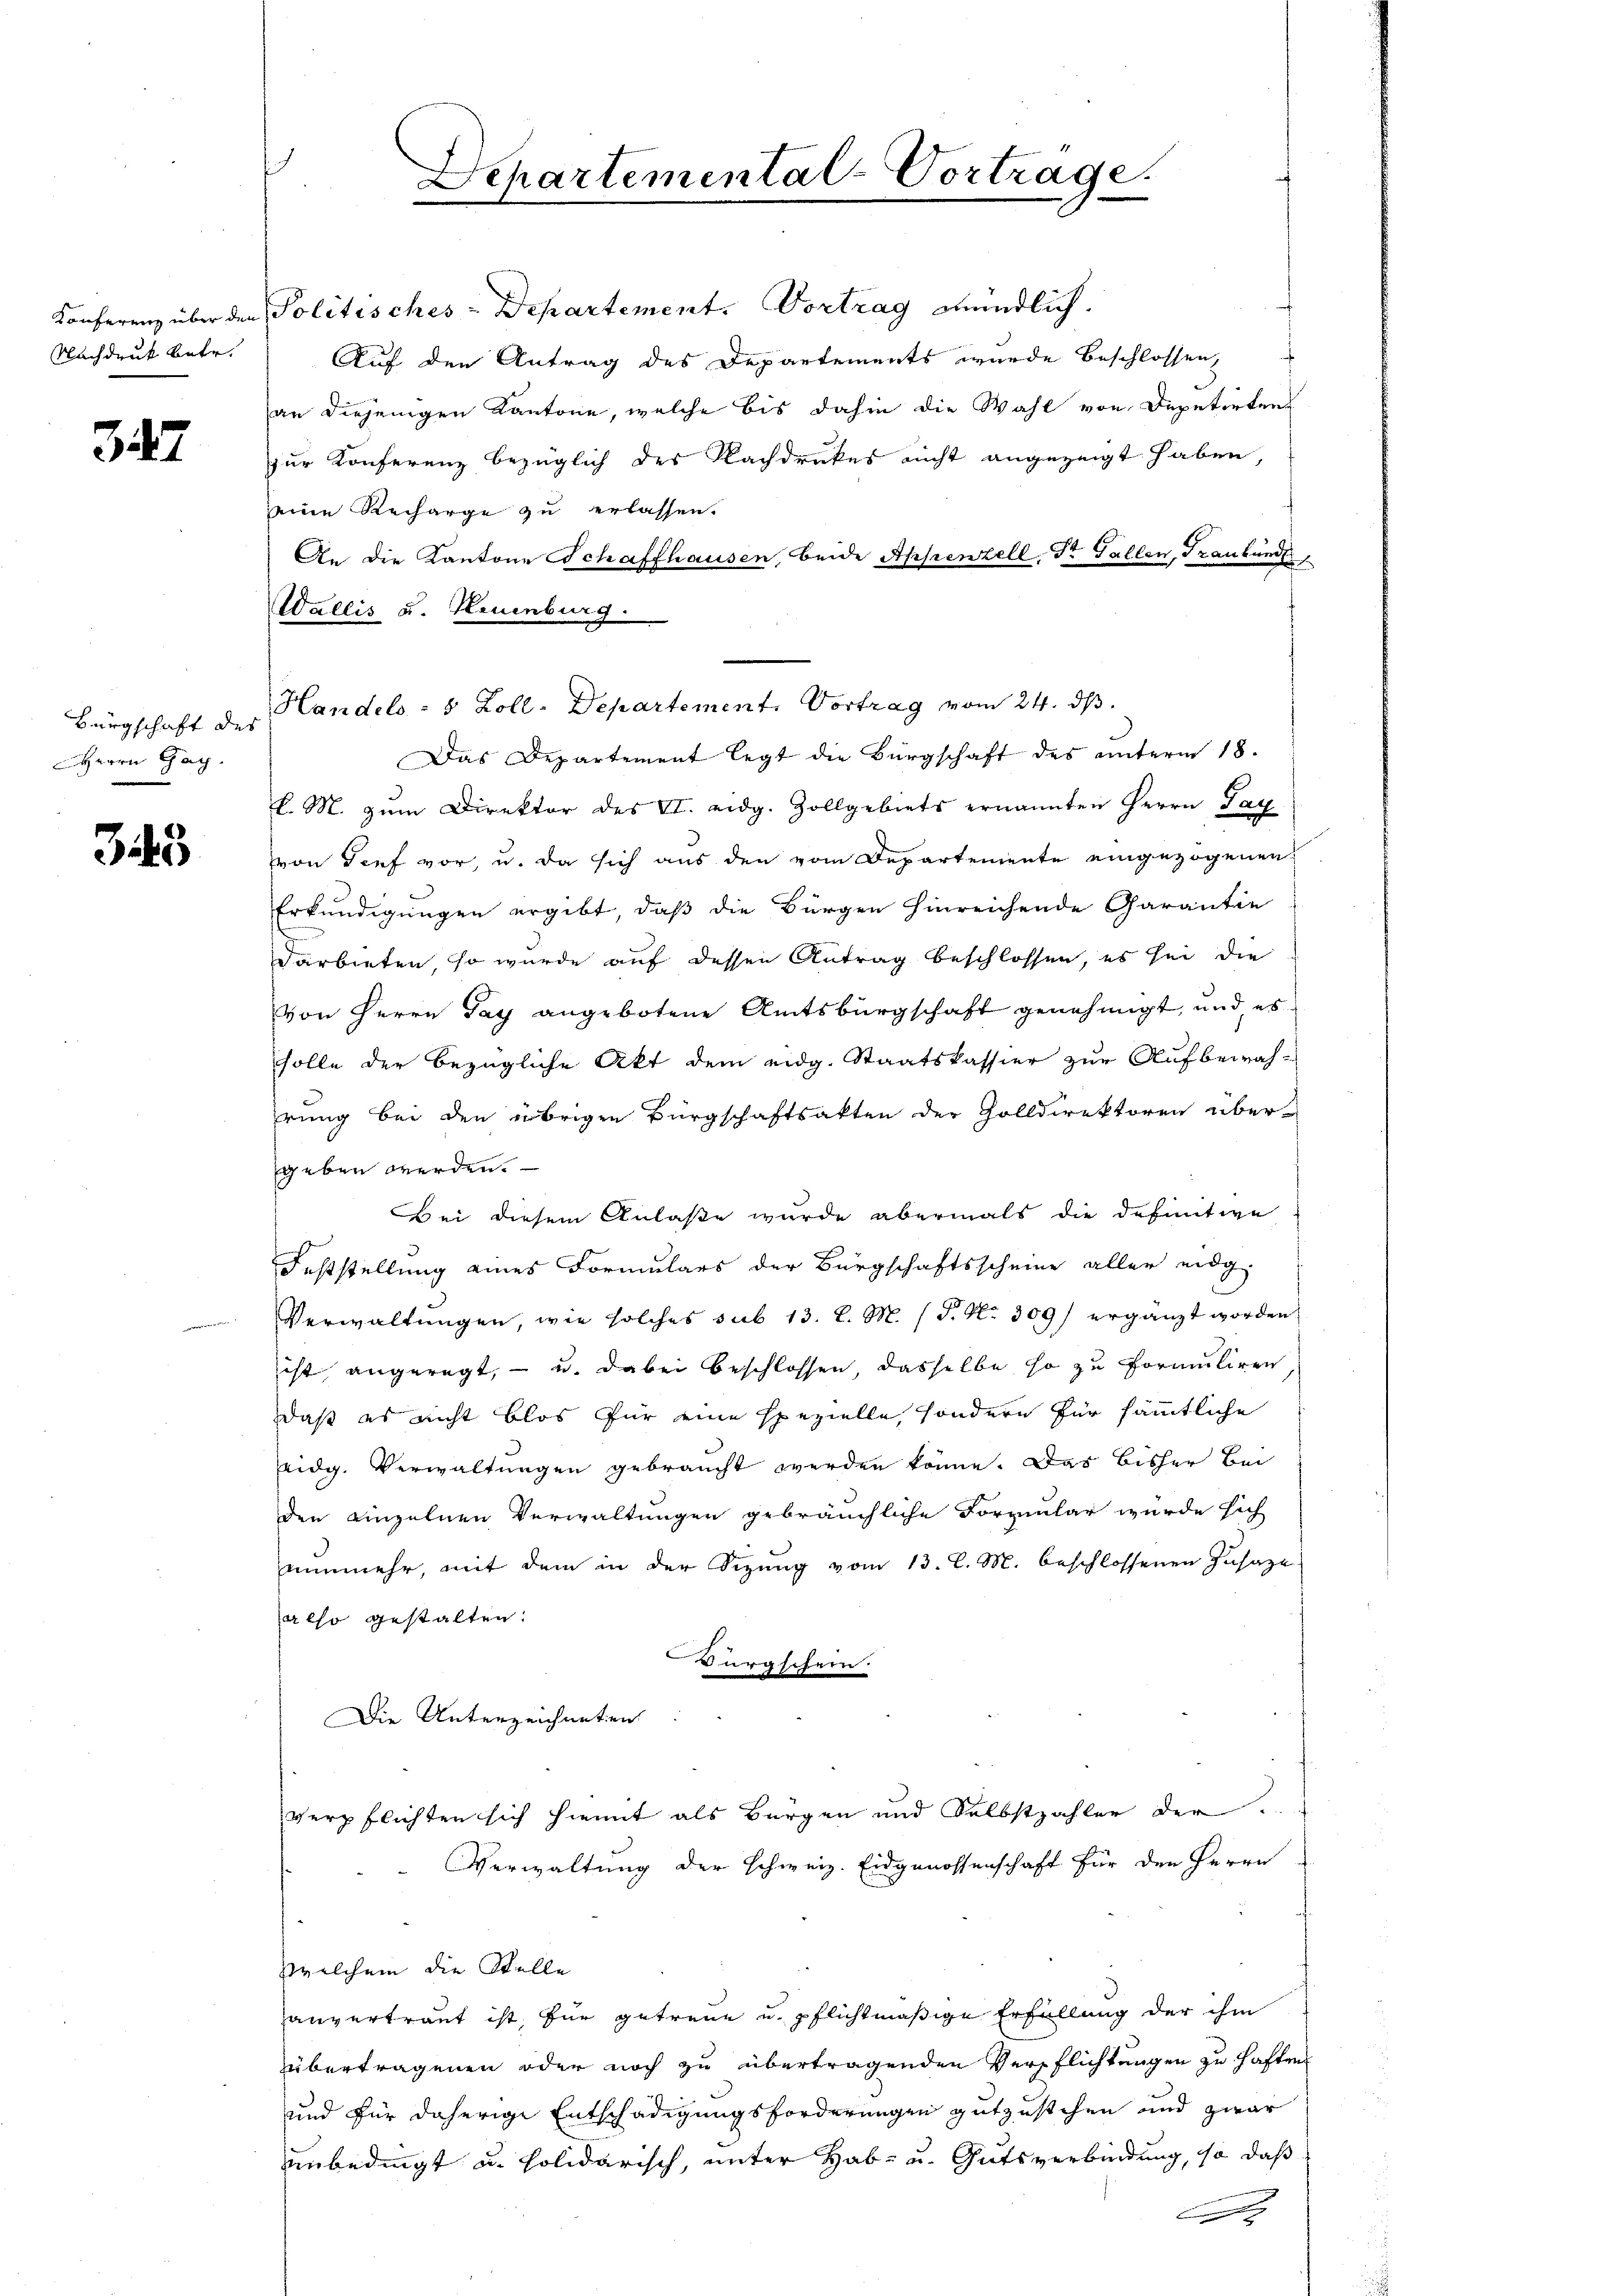
Nachdruk betr.

327

Bürgschaft des
Herrn Gag

345

Konferenz über den Politisches-Departement. Vortrag mündlich.
Auf den Antrag des Departements wurde beschlossen,
an diejenigen Kantone, welche bis dahin die Wahl von Deputirten
zur Konferenz bezüglich des Nachdruckes nicht angezeigt haben,
eine Recharge zu erlassen.
An die Kantone Schaffhausen, beide Appenzell, St. Gallen, Traubündt
Wallis u. Neuenburg.
l. M. zum Direktor des VI. eidg. Zollgebiets ernannten Herrn Pay
von Tief vor, u. da sich aus den vom Departemente eingezogenen
Erkundigungen ergibt, daß die Bürgen hinreichende Garantie
darbieten, so wurde auf dessen Antrag beschlossen, es sei die
von Herrn Tag angebotene Amtsbürgschaft genehmigt, und es
solle der bezügliche Akt dem eidg. Staatskassier zur Aufbewahrung bei den übrigen Bürgschaftsakten der Zolldirektoren über-
geben werden.
Bei diesem Anlaße wurde abermals die definitive
Feststellung eines Formulars der Bürgschaftsscheine aller eidg.
Verwaltungen, wie solches sub 13. d. M. P. Nr. 309) ergänzt worden.
ist angeregt, - u. dabei beschlossen, dasselbe so zu formuliren
daß es nicht blos für eine spezielle, sondern für sämmtliche
eidg. Verwaltungen gebraucht werden könne. Das bisher Bei
den einzelnen Verwaltungen gebräuchliche Formular wurde sich
nunmehr, mit dem in der Sitzung vom 13. l. M. beschlossenen Zusage
also gestalten.
Bürgschein.
Die Unterzeichneten
verpflichten sich hiemit als Bürgen und Selbstzahler der
Verwaltung der Schweiz. Eidgenossenschaft für den Herrn
zwelchem die Stelle
anvertraut ist, für getreue u. pflichtmäßige Erfüllung der ihm
übertragenen oder noch zu übertragenden Verpflichtungen zu haften
und für daherige Entschädigungsforderungen gutzustehen und zwar
unbedingt u. solidarisch, unter Hab- u. Gutsverbindung, so daß
A

Departemental-Vortrage.

Handels- 8 Zoll-Departement. Vortrag vom 24. ds.
Das Departement legt die Bürgschaft des unterm 18.